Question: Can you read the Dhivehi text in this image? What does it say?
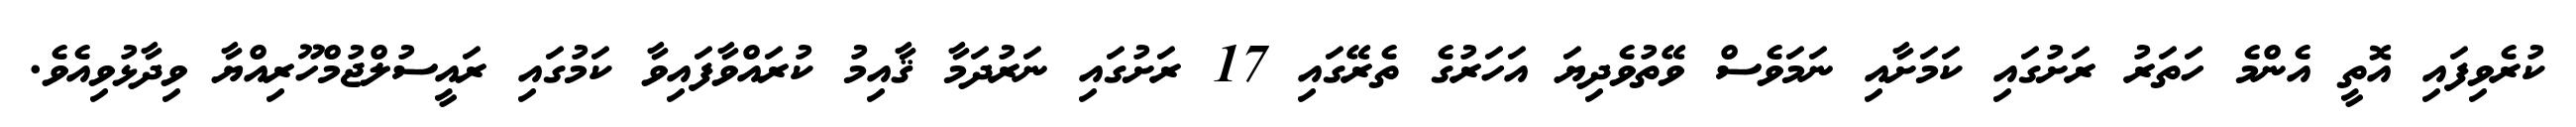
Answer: ކުރެވިފައި އޮތީ އެންމެ ހަތަރު ރަށުގައި ކަމަށާއި ނަމަވެސް ވޭތުވެދިޔަ އަހަރުގެ ތެރޭގައި 17 ރަށުގައި ނަރުދަމާ ޤާއިމު ކުރައްވާފައިވާ ކަމުގައި ރައީސުލްޖުމްހޫރިއްޔާ ވިދާޅުވިއެވެ.